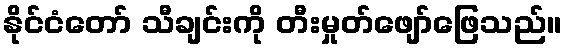
နိုင်ငံတော် သီချင်းကို တီးမှုတ်ဖျော်ဖြေသည်။